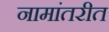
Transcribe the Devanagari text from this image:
नामांतरीत